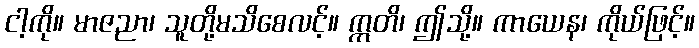
ငါ့ကို။ မာဇညာ၊ သူတို့မသိစေလင့်။ ဣတိ၊ ဤသို့။ ကာယေန၊ ကိုယ်ဖြင့်။